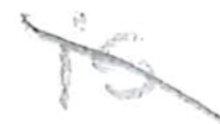
Text: is
Cross-out: diagonal
Writing tool: pencil